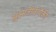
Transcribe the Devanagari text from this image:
सूक्ष्मजीवांपैकी